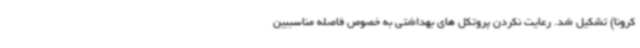
کرونا) تشکیل شد. رعایت نکردن پروتکل های بهداشتی به خصوص فاصله مناسببین